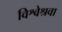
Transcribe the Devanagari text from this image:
विश्वेश्रवा